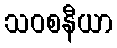
သဝစနီယာ